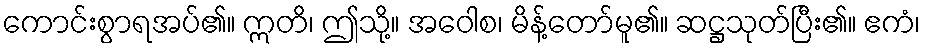
ကောင်းစွာရအပ်၏။ ဣတိ၊ ဤသို့။ အဝေါစ၊ မိန့်တော်မူ၏။ ဆဋ္ဌသုတ်ပြီး၏။ ဧကံ၊